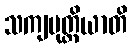
သကျပုတ္တိယာတိ